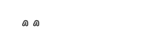
٣٧